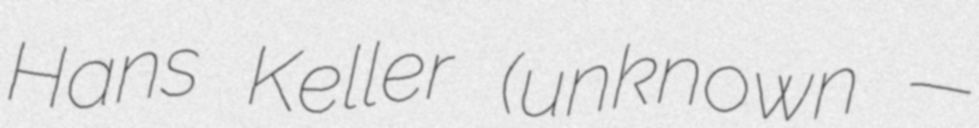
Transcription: Hans Keller (unknown —